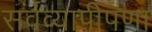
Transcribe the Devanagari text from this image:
सर्वव्यापीपणा